Document type: Recognition
Year: 1250
Scribe: Pere Marquès
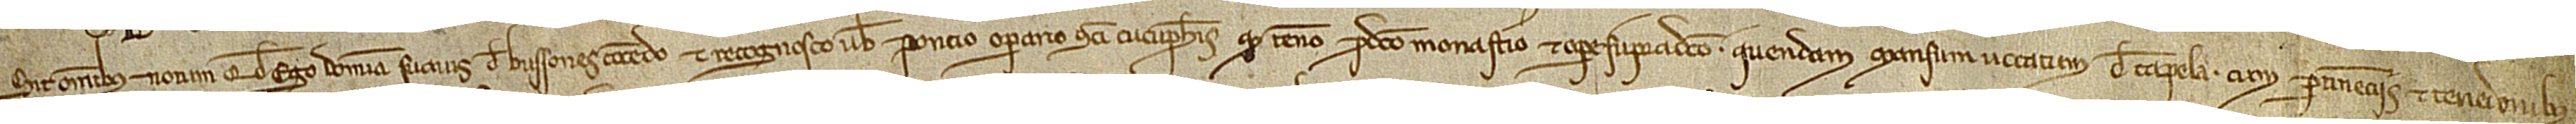
Sit omnibus notum quod ego domina Suavis de Bussones concedo et recognosco vobis Poncio, operario Sancti Cucuphatis, quod teneo pro dicto monasterio et opere supradicto quendam mansum vocatum de Capela, cum pertinenciis et tenedonibus